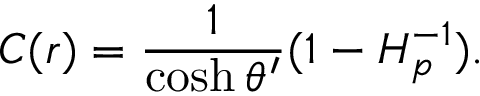
C ( r ) = { \frac { 1 } { \cosh \theta ^ { \prime } } } ( 1 - H _ { p } ^ { - 1 } ) .